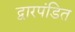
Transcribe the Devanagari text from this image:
द्वारपंडित